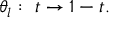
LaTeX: \theta _ { l } : \ t \rightarrow 1 - t .